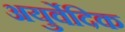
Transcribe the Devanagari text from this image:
अयुर्वेदिक